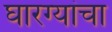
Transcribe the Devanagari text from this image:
घारग्यांचा